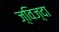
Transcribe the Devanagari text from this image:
ज़्विज़्दा